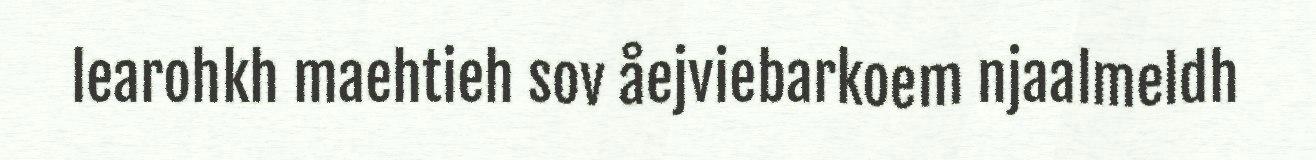
learohkh maehtieh sov åejviebarkoem njaalmeldh